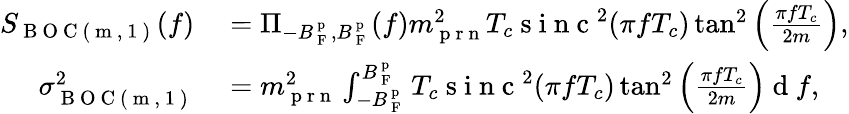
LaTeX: \begin{array}{rl}{S_{\mathrm{~B~O~C~(~m~,~1~)~}}(f)}&{{}=\Pi_{-B_{\mathrm{~F~}}^{\mathrm{~p~}},B_{\mathrm{~F~}}^{\mathrm{~p~}}}(f)m_{\mathrm{~p~r~n~}}^{2}T_{c}\mathrm{~s~i~n~c~}^{2}(\pi fT_{c})\tan^{2}\left(\frac{\pi fT_{c}}{2m}\right),}\\ {\sigma_{\mathrm{~B~O~C~(~m~,~1~)~}}^{2}}&{{}=m_{\mathrm{~p~r~n~}}^{2}\int_{-B_{\mathrm{~F~}}^{\mathrm{~p~}}}^{B_{\mathrm{~F~}}^{\mathrm{~p~}}}T_{c}\mathrm{~s~i~n~c~}^{2}(\pi fT_{c})\tan^{2}\left(\frac{\pi fT_{c}}{2m}\right)\mathrm{~d~}f,}\end{array}